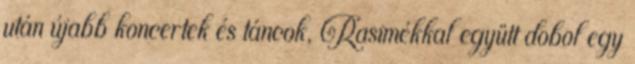
után újabb koncertek és táncok, Rasimékkal együtt dobol egy